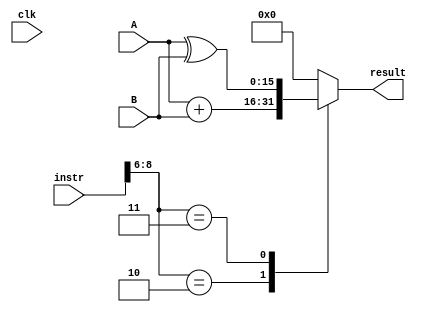
module ALU(clk,A,B,instr,result);

    input [15:0] A;
    input clk;
    input [15:0] B;
    input [8:0] instr;
    output reg [15:0] result;

    always @(clk)
    begin
        case(instr[8:6])
            3'b010: result = A + B;
            3'b011: result = A ^ B;
            default: result = 16'b0;
        endcase
    end
endmodule